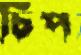
চিপ